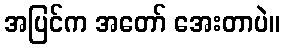
အပြင်က အတော် အေးတာပဲ။